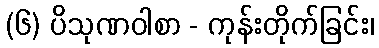
(၆) ပိသုဏဝါစာ - ကုန်းတိုက်ခြင်း၊